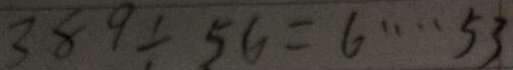
3 8 9 \div 5 6 = 6 \cdots 5 3